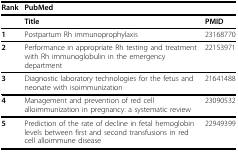
<table><thead><tr><td><b>Rank</b></td><td colspan="2"><b>PubMed</b></td></tr></thead><tbody><tr><td></td><td><b>Title</b></td><td><b>PMID</b></td></tr><tr><td><b>1</b></td><td>Postpartum Rh immunoprophylaxis</td><td>23168770</td></tr><tr><td><b>2</b></td><td>Performance in appropriate Rh testing and treatment with Rh immunoglobulin in the emergency department</td><td>22153971</td></tr><tr><td><b>3</b></td><td>Diagnostic laboratory technologies for the fetus and neonate with isoimmunization</td><td>21641488</td></tr><tr><td><b>4</b></td><td>Management and prevention of red cell alloimmunization in pregnancy: a systematic review</td><td>23090532</td></tr><tr><td><b>5</b></td><td>Prediction of the rate of decline in fetal hemoglobin levels between first and second transfusions in red cell alloimmune disease</td><td>22949399</td></tr></tbody></table>